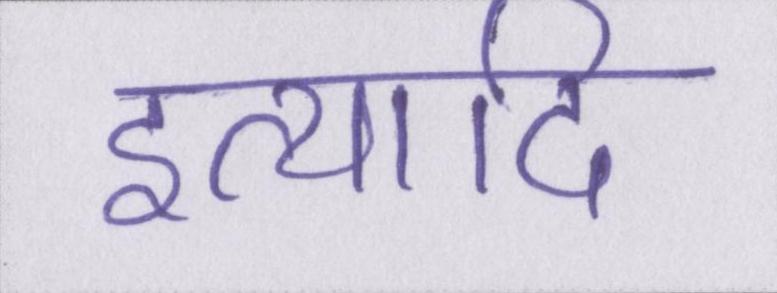
इत्यादि